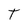
Character: T